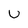
Character: U